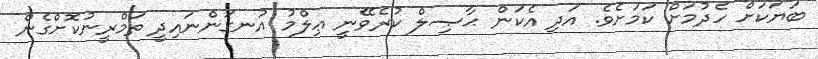
ބަޔަކަށް ހެދުމަށް ކަމަށެވެ. އަދި އެކަން ޙާޞިލް ކުރެވޭނީ ޢިލްމު އުނގަންނައިދީ ތަމްރީނުކޮށްގެން